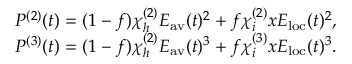
\begin{array} { r } { P ^ { ( 2 ) } ( t ) = ( 1 - f ) \chi _ { h } ^ { ( 2 ) } E _ { \mathrm { a v } } ( t ) ^ { 2 } + f \chi _ { i } ^ { ( 2 ) } x E _ { \mathrm { l o c } } ( t ) ^ { 2 } , } \\ { P ^ { ( 3 ) } ( t ) = ( 1 - f ) \chi _ { h } ^ { ( 2 ) } E _ { \mathrm { a v } } ( t ) ^ { 3 } + f \chi _ { i } ^ { ( 3 ) } x E _ { \mathrm { l o c } } ( t ) ^ { 3 } . } \end{array}